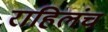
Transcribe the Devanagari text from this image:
राहिलंच